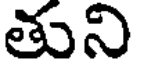
తుని